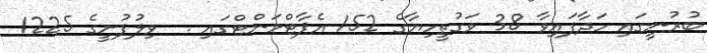
ބުރުނީގައި ހަދާފައިވާ 38 ވަގުތީހިޔާގެ 152 އެޕާޓްމަންޓްގައި .  ވިލުފުށީގެ 1225